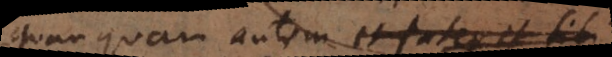
quanquam autem et pater et fili